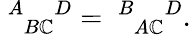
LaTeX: \ _{\; \; B\mathbb{C}}^{A\; \; \; \; D}=\ _{\; \; A\mathbb{C}}^{B\; \; \; \; D}.